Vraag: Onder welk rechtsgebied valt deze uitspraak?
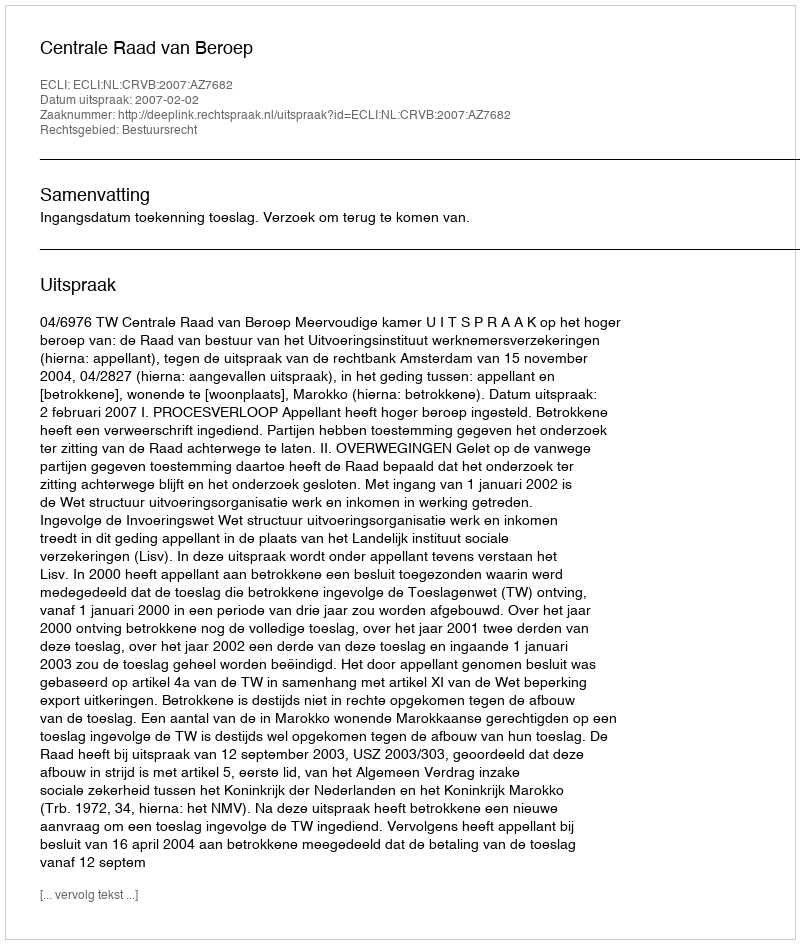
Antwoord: Bestuursrecht